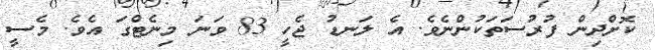
ކޮށްދިން ފުރުސަތަކުންނެވެ. އެ ލަނޑު ޖެހީ 83 ވަނަ މިނެޓްގަ އެވެ. މެސީ